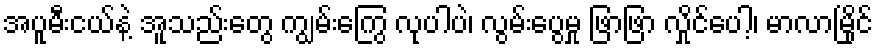
အပူမီးငယ်နဲ့ အူသည်းတွေ ကျွမ်းကြွေ လုပါပဲ၊ လွမ်းပွေမှု ဖြာဖြာ လှိုင်ပေါ့၊ မာလာမြိုင်